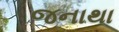
જનાથા